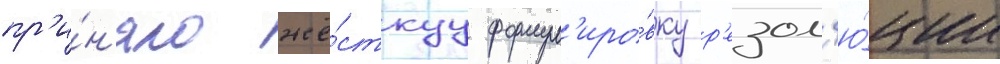
пр'и́н'яло жё́сткуу формул'иро́вку р'езол'ю́ции